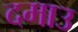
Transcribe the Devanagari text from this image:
दमाउ